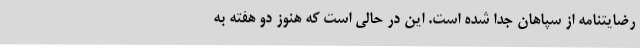
رضایتنامه از سپاهان جدا شده است. این در حالی است که هنوز دو هفته به